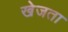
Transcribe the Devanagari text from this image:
खेजता